Annual report on the working of the lock hospitals in the Central Provinces
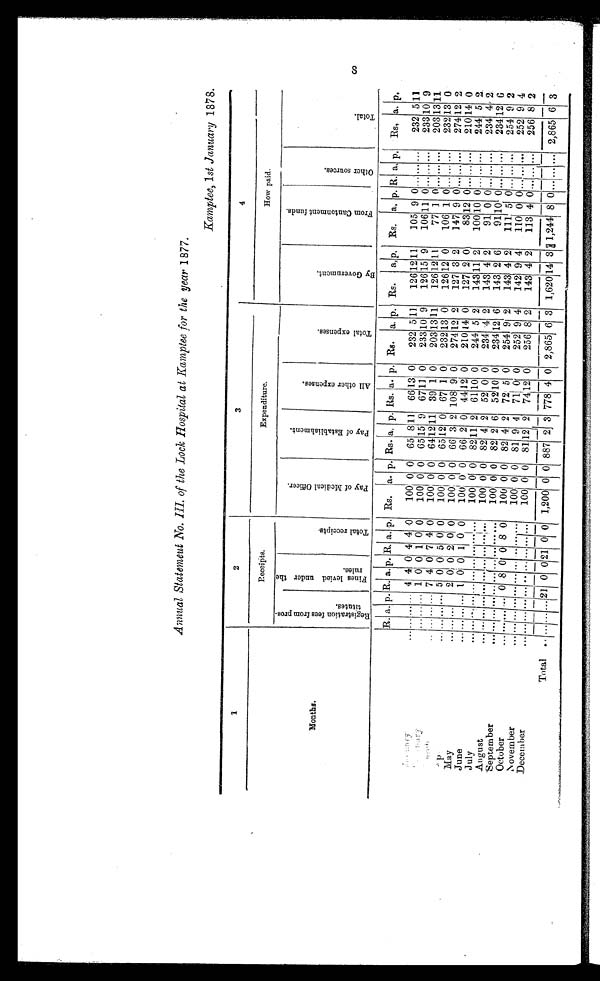
Annual Statemeut No. III. of the Lock Hospital at Kamptee for the year 1877.
Kamptee, 1 st January 1878.
1
2
3
4
Receipts.
Expenditure.
How paid.
Months.
R e g i s t r a t i o n f e e s f r o m s p r o s t i t u t e s .
F i n e s l e v i e d u n d e r t h e r u l e s .
T o t a l r e c e i p t s
P a y o f M e d i c a l O f f i c e r .
P a y o f E s t a b l i s h m e n t .
A l l o t h e r e x p e n s e s .
T o t a l e x p e n s e s .
B y G o v e r n m e n t .
F r o m C a n t o n m e n t f u n d s .
O t h e r s o u r c e s .
T o t a l .
S
R. a. p. R. a. p.
.
R. a. p.
.
Rs. a. p. Rs.
.
a, p. Rs. a. p. Rs. a. p. Rs. a, p, Rs. a, p. R. a. p, Rs, a. p.
J a n u a r y
. . . . . . . . . . . . 4 4 0 4 4 0
100 0 0 65
8 11 66 13 0
232
5 11
126 12 11
105 9 0 . . . . . . . . . 232 5 11
F e b r u a r y
. . . . . . . . . 1 0 0 1 0 0
100 0 0 65 15 9 67 11 0
233 10 9
126 15 9
106 11 0 . . . . . . . . . 233 10 9
March
. . . . . . . . . . . . 7 4 0 7 4 0
100 0 0 64 12 11 39 1 0
203 13 11
126 12 11
77 1 0 . . . . . . . . . 203 13 11
A p r i l
. . . . . . . . . . . . 5 0 0 5 0 0
100 0 0 65 12 0
6 7 1 0 232 13 0
126 12 0
106 1 0 . . . . . . . . . 232 13 0
May
. . . . . . . . .
2 0 0 2 0 0
100 0 0 66 3 2 108 9 0
274 12 2
127 3 2
147 9 0 . . . . . . . . . 274 12 2
June
. . . . . . . . . . . . 1 0 0 1 0 0
100 0 0 66 2 0 44 12 0
210 14 0
127 2 0
83 12 0 . . . . . . . . . 210 14 0
July
. . . . . . . . . . . . . . . . . . . . . . . . . . . . . . 100 0 0 82 11 2 61 10 0
244 5 2
143 11 2
100 10 0 . . . . . . . . . 244 5 2
August
. . . . . . . . . . . . . . . . . . . . . . . . . . . . . . 100 0 0 82 4 2 52 0 0
234 4 2
143 4 2
91 0 0 . . . . . . . . . 234 4 2
September
. . . . . . . . . . . . . . . . . . . . . . . . . . . . . . 100 0 0 82 2 6 52 10 0
234 12 6
143 2 6
91 10 0 . . . . . . . . . 234 12 6
October
. . . . . . . . . . . . 0 8 0 0 8 0
100 0 0 82 4 2 72 5 0
254 9 2
143 4 2
111 5 0 . . . . . . . . . 254 9 2
November
. . . . . . . . . . . . . . . . . . . . . . . . . . . . . 100 0 0 81 9 4 71 0 0
252 9 4
142 9 4
110 0 0 . . . . . . . . . 252 9 4
December
. . . . . . . . .
... . . . . . . . . . ... . . . ...
100 0 0 81 12 2
7 412 0
256 8 2
143 4 2
113 4 0 . . . . . . . . . 256 8 2
Total ...
. . . . . . . . . 21 0 0 21 0 0 1,200 0 0 887 2 3 778 4 0 2,865 6 3 1,620 1 4 3 1,244 8 0 . . . . . . . . . 2,865 6 3